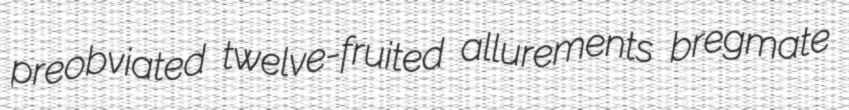
preobviated twelve-fruited allurements bregmate